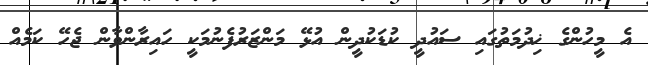
އެ މީހުންގެ ޚިދުމަތުގައި ސައުދީ ކުޑަކުދީން އުޅޭ މަންޒަރުފެނުމަކީ ހައިރާންވާން ޖެހޭ ކަމެއް